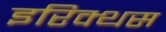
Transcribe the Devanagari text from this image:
इरिक्थस